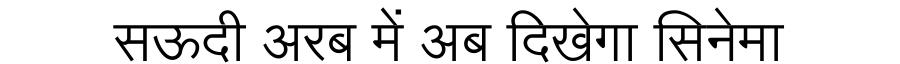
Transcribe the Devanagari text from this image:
सऊदी अरब में अब दिखेगा सिनेमा